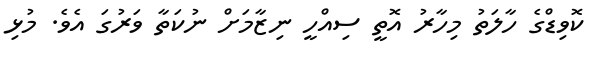
ކޮވިޑްގެ ހާލަތު މިހާރު އޮތީ ސިއްހީ ނިޒާމަށް ނުކަތާ ވަރުގަ އެވެ. މުޅި